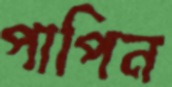
পাপিন